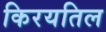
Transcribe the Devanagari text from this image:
किरयतिल